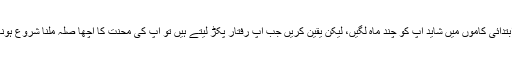
فری لانسنگ کے ابتدائی کاموں میں شاید آپ کو چند ماہ لگیں، لیکن یقین کریں جب آپ رفتار پکڑ لیتے ہیں تو آپ کی محنت کا اچھا صلہ ملنا شروع ہونا شروع ہو جاتاہے۔